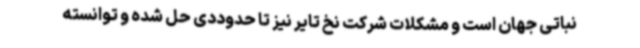
نباتی جهان است و مشکلات شرکت نخ تایر نیز تا حدوددی حل شده و توانسته